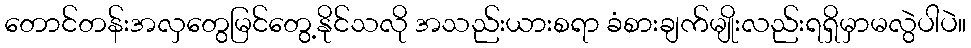
တောင်တန်းအလှတွေမြင်တွေ့နိုင်သလို အသည်းယားစရာ ခံစားချက်မျိုးလည်းရရှိမှာမလွဲပါပဲ။